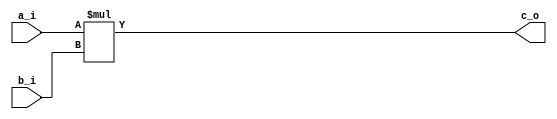
`timescale 1ns / 1ps
//////////////////////////////////////////////////////////////////////////////////
// Company: 
// Engineer: 
// 
// Design Name: 
// Module Name: 2Mult
// Project Name: 
// Target Devices: 
// Tool Versions: 
// Description: 
// 
// Dependencies: 
// 
// Revision:
// Revision 0.01 - File Created
// Additional Comments:
// 
//////////////////////////////////////////////////////////////////////////////////


module T_Mult(
    input [3:0]a_i,
    input [3:0]b_i,
    output [7:0] c_o
    );
    
    assign c_o=a_i*b_i;
endmodule